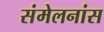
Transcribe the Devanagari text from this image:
संमेलनांस